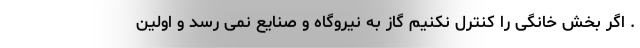
. اگر بخش خانگی را کنترل نکنیم گاز به نیروگاه و صنایع نمی رسد و اولین